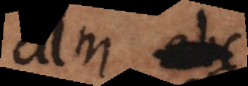
a abc